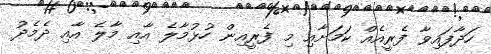
ހަދާފައިވާ ފެރީއެއް ކަމަށާއި މި ފެރީއިން ހުޅުމާލެ އާއި މާލެ އާއި ދެމެދު